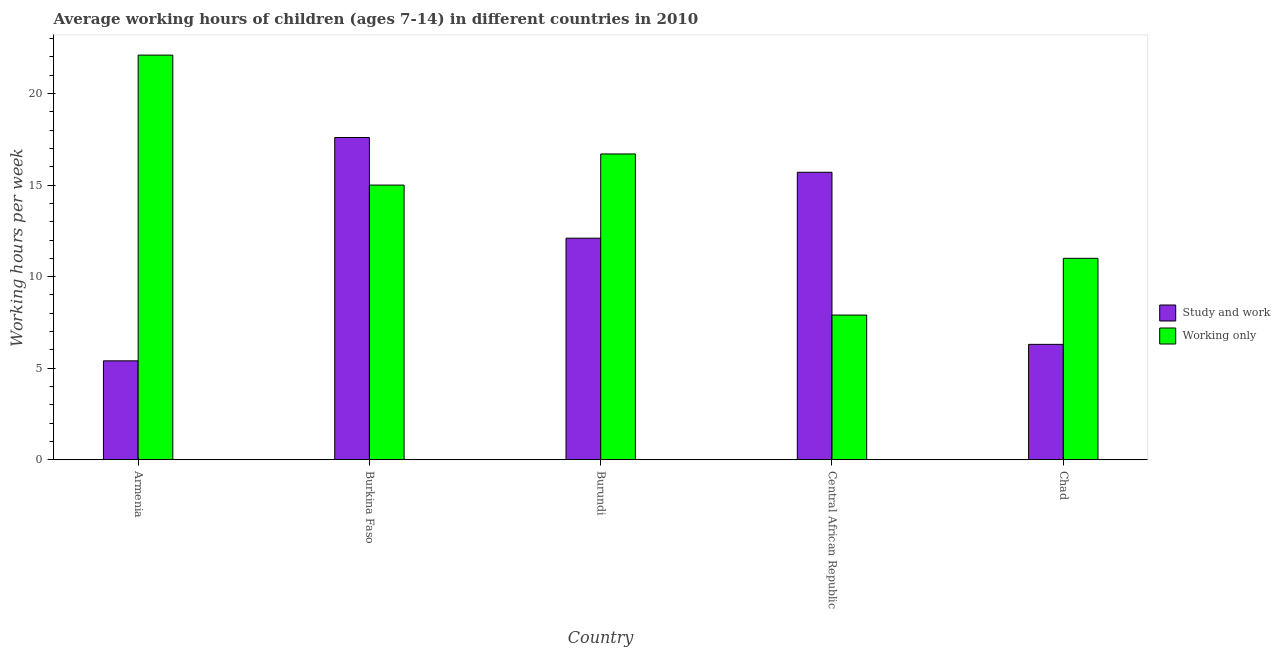
| Country | Study and work | Working only |
 | --- | --- | --- |
 | Armenia | 5.4 | 22.1 |
 | Burkina Faso | 17.6 | 15 |
 | Burundi | 12.1 | 16.7 |
 | Central African Republic | 15.7 | 7.9 |
 | Chad | 6.3 | 11 |